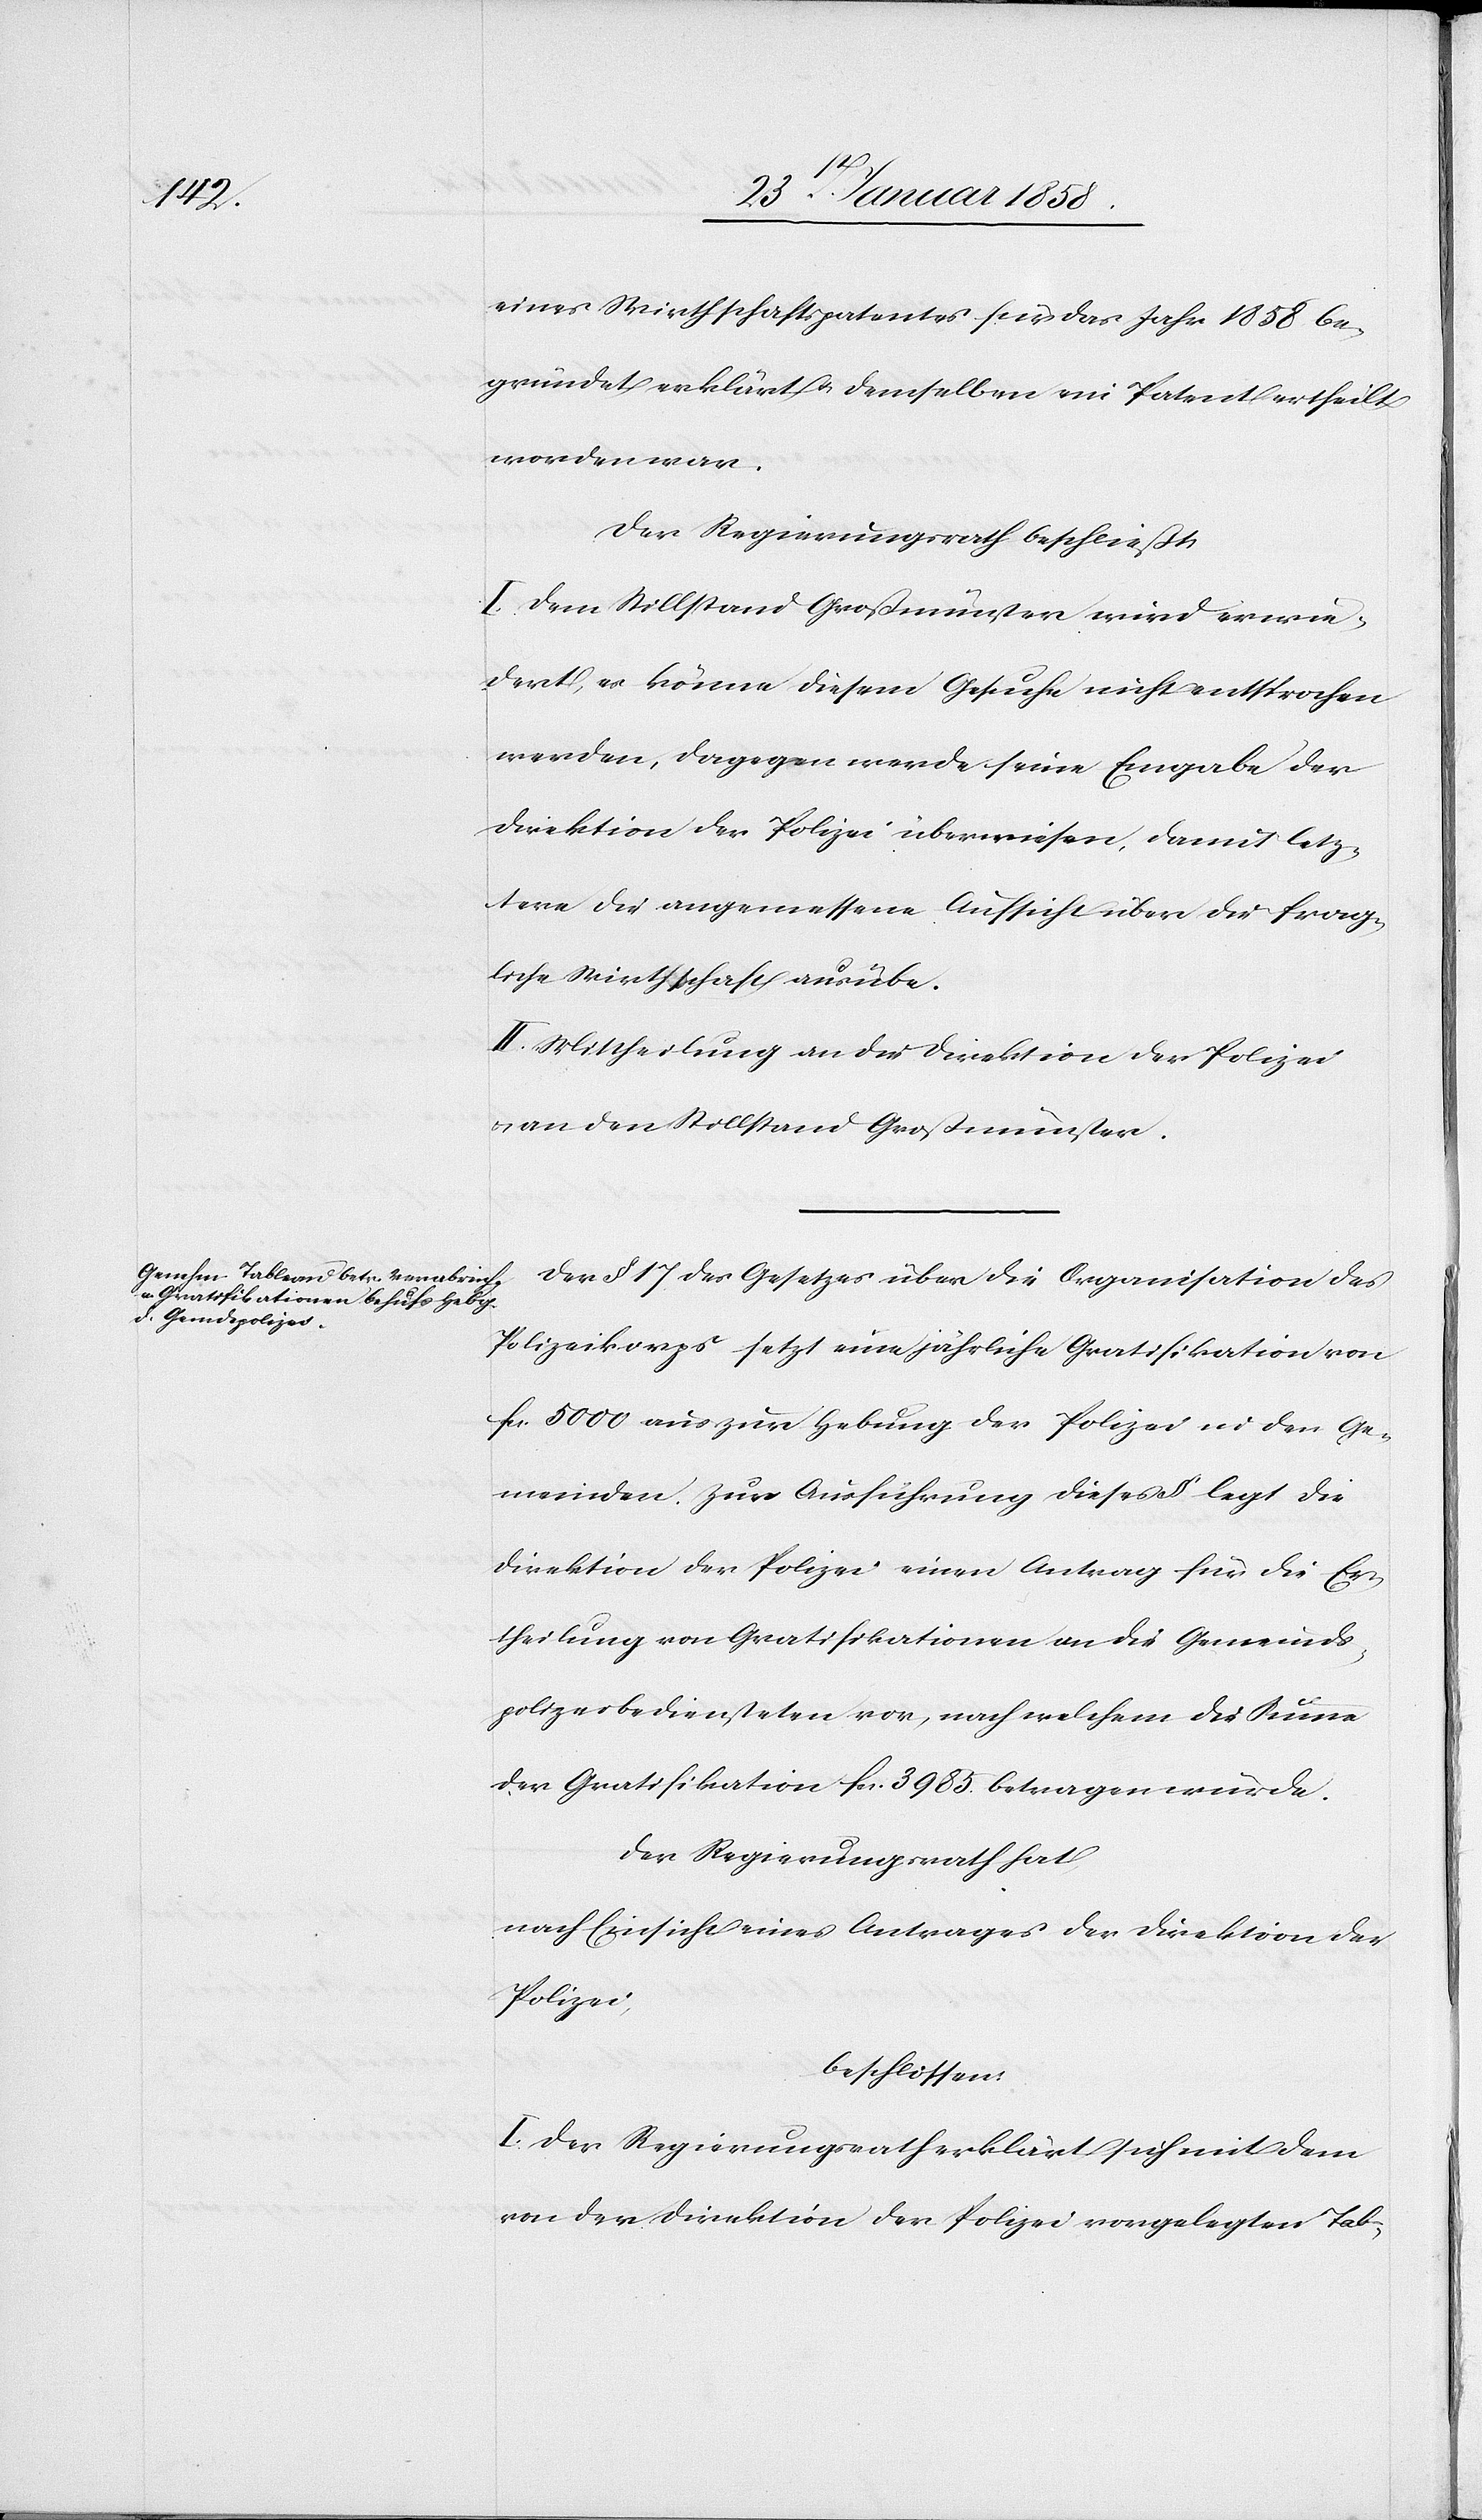
eines Wirthschaftspatentes für das Jahr 1858 be¬
gründet erklärt u. demselben ein Patent ertheilt
worden war.
Der Regierungsrath beschließt:
I. Dem Stillstand Großmünster wird erwie¬
dert, es könne diesem Gesuche nicht entsprochen
werden, dagegen werde seine Eingabe der
Direktion der Polizei überweisen, damit letz¬
tere die angemessene Aufsicht über die frag¬
liche Wirthschaft ausübe.
II. Mittheilung an die Direktion der Polizei
u. an den Stillstand Großmünster.
Der § 17 des Gesetzes über die Organisation des
Polizeikorps setzt eine jährliche Gratifikation von
fr. 5000 aus zur Hebung der Polizei in den Ge¬
meinden. Zur Ausführung dieses § legt die
Direktion der Polizei einen Antrag für die Er¬
theilung von Gratifikationen an die Gemeinds¬
polizeibediensteten vor, nach welchem die Summe
der Gratifikation fcs. 3985. betragen würde.
Der Regierungsrath hat
nach Einsicht eines Antrages der Direktion der
Polizei,
beschlossen:
I. Der Regierungsrath erklärt sich mit dem
von der Direktion der Polizei vorgelegten Tab-